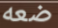
ضعه